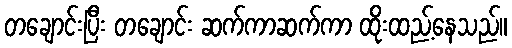
တချောင်းပြီး တချောင်း ဆက်ကာဆက်ကာ ထိုးထည့်နေသည်။